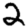
Digit: 2